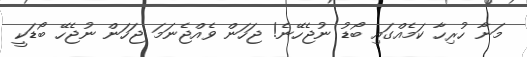
މަނާ ހުރިހާ ކަމެއްގައި ބޯޑު ނުޖެހޭނެ! ޖަހަން ވެއްޖެނަމަ ޖަހަން ނުޖެހޭ ބޯޑަކީ